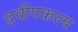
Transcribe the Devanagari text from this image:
द्रवीपकल्प